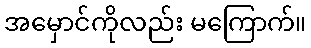
အမှောင်ကိုလည်း မကြောက်။